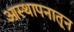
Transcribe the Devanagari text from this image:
आस्थापनातून